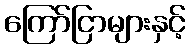
ကြော်ငြာများနှင့်